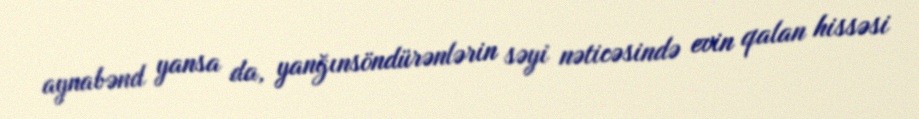
aynabənd yansa da, yanğınsöndürənlərin səyi nəticəsində evin qalan hissəsi